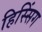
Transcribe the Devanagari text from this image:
हिस्सिंग